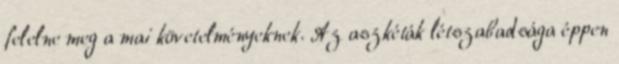
felelne meg a mai követelményeknek. Az aszkéták létszabadsága éppen